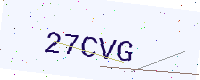
Text: 27CVG